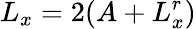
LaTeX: L_{x}=2(A+L_{x}^{r})